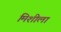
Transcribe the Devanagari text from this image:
मिशीला